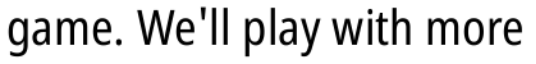
game. We'll play with more